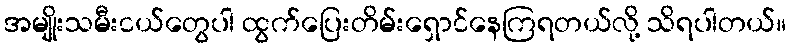
အမျိုးသမီးငယ်တွေပါ ထွက်ပြေးတိမ်းရှောင်နေကြရတယ်လို့ သိရပါတယ်။